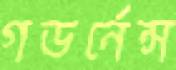
গভর্নেন্স